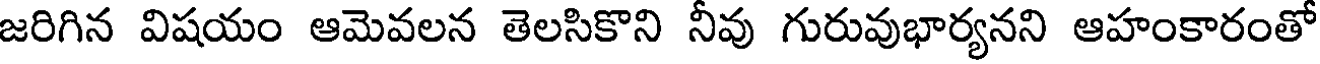
జరిగిన విషయం ఆమెవలన తెలసికొని నీవు గురువుభార్యనని ఆహంకారంతో